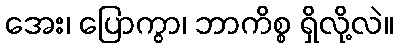
အေး၊ ပြောကွာ၊ ဘာကိစ္စ ရှိလို့လဲ။